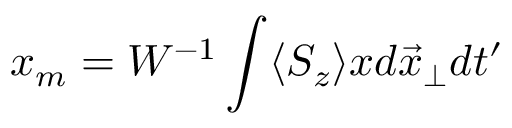
x _ { m } = W ^ { - 1 } \int \langle S _ { z } \rangle x d \vec { x } _ { \perp } d t ^ { \prime }